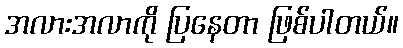
အလားအလာကို ပြနေတာ ဖြစ်ပါတယ်။